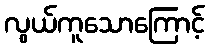
လွယ်ကူသောကြောင့်